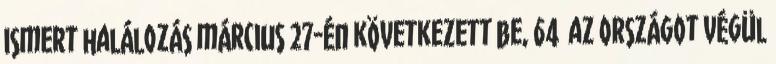
ismert halálozás március 27-én következett be, 64 az országot végül